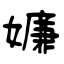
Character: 嬚